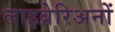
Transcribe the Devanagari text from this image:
लाइब्रेरिअनों